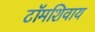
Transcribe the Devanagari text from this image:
टॉमशिवाय